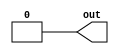
// This program was cloned from: https://github.com/cascade-artifacts-designs/cascade-chipyard
// License: BSD 3-Clause "New" or "Revised" License

module plusarg_reader #(
   parameter FORMAT="borked=%d",
   parameter WIDTH=1,
   parameter [WIDTH-1:0] DEFAULT=0
) (
   output [WIDTH-1:0] out
);

`ifdef SYNTHESIS
assign out = DEFAULT;
`else
reg [WIDTH-1:0] myplus;
assign out = myplus;

initial begin
   if (!$value$plusargs(FORMAT, myplus)) myplus = DEFAULT;
end
`endif

endmodule